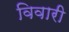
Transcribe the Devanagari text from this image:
विवारी